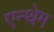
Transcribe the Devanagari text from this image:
एन्थेम